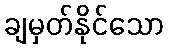
ချမှတ်နိုင်သော